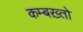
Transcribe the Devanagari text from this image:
कम्बख़्तो